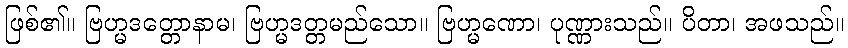
ဖြစ်၏။ ဗြဟ္မဒတ္တောနာမ၊ ဗြဟ္မဒတ္တမည်သော။ ဗြဟ္မဏော၊ ပုဏ္ဏားသည်။ ပိတာ၊ အဖသည်။